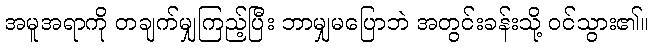
အမူအရာကို တချက်မျှကြည့်ပြီး ဘာမျှမပြောဘဲ အတွင်းခန်းသို့ ဝင်သွား၏။